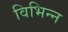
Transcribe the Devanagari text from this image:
विभिन्‍न